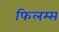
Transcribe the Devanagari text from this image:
फिलम्स